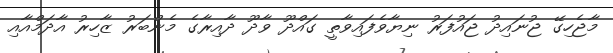
މާޖެހިގޭ ޖުނައިދު ޖައުފަރު ނިޔާވެފައިވާތީ ގައްދޫ ވާދޫ ދާއިރާގެ މެންބަރު ޒާހިރު އާދަމްއާއި